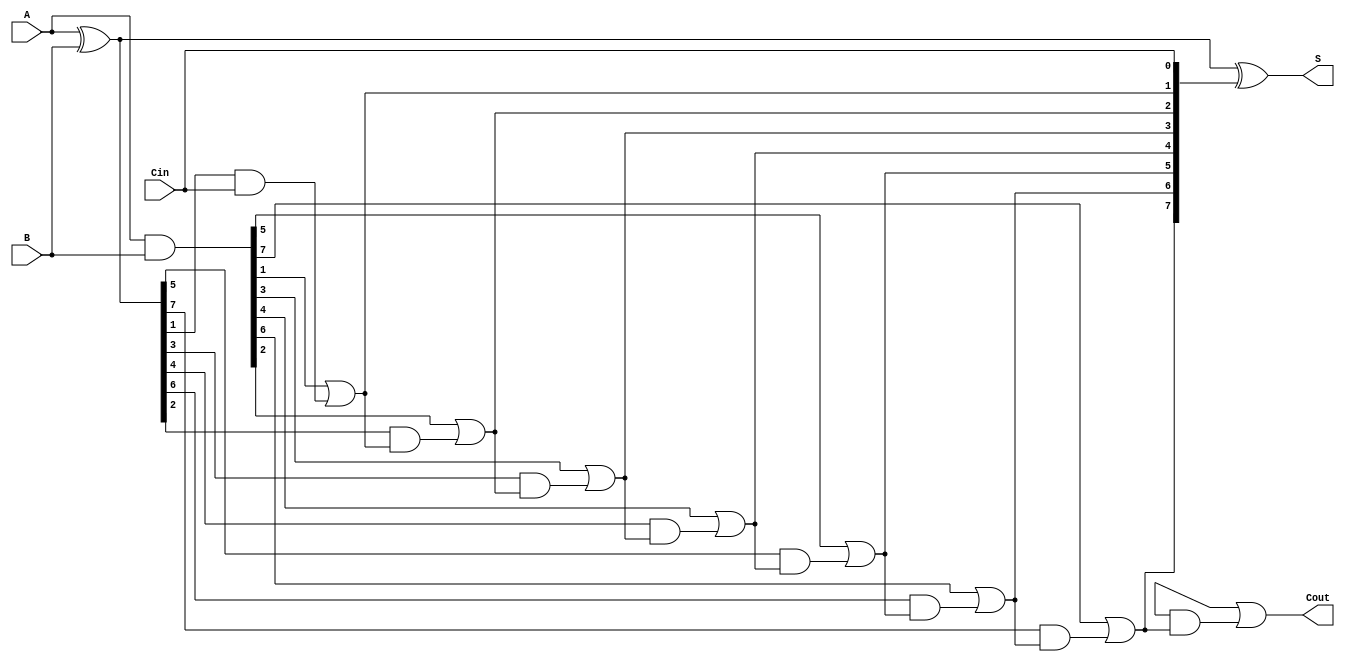
module brent_kung_adder #(parameter n = 8) (
    input  [n-1:0] A,   // First n-bit input
    input  [n-1:0] B,   // Second n-bit input
    input          Cin,  // Carry-in
    output [n-1:0] S,    // Sum output
    output         Cout   // Carry-out
);
    // Generate and propagate signals
    wire [n-1:0] G; // Generate signals
    wire [n-1:0] P; // Propagate signals
    wire [n:0] C;   // Carry signals (C[0] is Cin)

    // Level 0: Generate and Propagate signals
    assign G = A & B;
    assign P = A ^ B;

    assign C[0] = Cin; // Initial carry-in

    // Level 1: Calculate carry signals
    genvar i;
    generate
        for (i = 0; i < n/2; i = i + 1) begin : carry_gen_level_1
            assign C[2*i + 1] = G[2*i + 1] | (P[2*i + 1] & C[2*i]);
            assign C[2*i + 2] = G[2*i + 2] | (P[2*i + 2] & C[2*i + 1]);
        end
    endgenerate

    // Level 2: Continue carry generation up to log2(n)
    // This will repeat for log2(n) stages if n is large enough
    generate
        for (i = 0; i < n/4; i = i + 1) begin : carry_gen_level_2
            assign C[4*i + 3] = G[4*i + 3] | (P[4*i + 3] & C[4*i + 2]);
            assign C[4*i + 4] = G[4*i + 4] | (P[4*i + 4] & C[4*i + 3]);
        end
    endgenerate

    // More levels can be added as needed:
    // ...

    // Level n-1
    assign Cout = C[n];

    // Sum calculation
    assign S = P ^ C[n-1:0];

endmodule